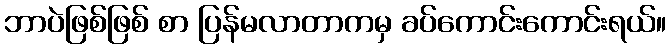
ဘာပဲဖြစ်ဖြစ် စာ ပြန်မလာတာကမှ ခပ်ကောင်းကောင်းရယ်။